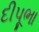
દીપૂભા